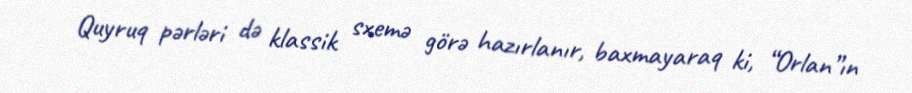
Quyruq pərləri də klassik sxemə görə hazırlanır, baxmayaraq ki, “Orlan”ın